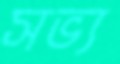
সভ্য